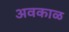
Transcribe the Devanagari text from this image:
अवकाळ